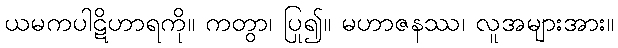
ယမကပါဋိဟာရကို။ ကတွာ၊ ပြု၍။ မဟာဇနဿ၊ လူအများအား။